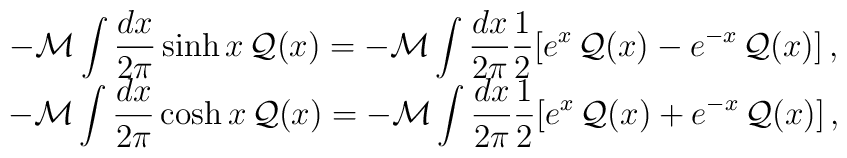
\begin{array}{c}\displaystyle -{\cal M}\displaystyle\int \displaystyle\frac{dx}{2\pi }\sinh x\, {\cal Q}(x)=-{\cal M}\displaystyle\int \displaystyle\frac{dx}{2\pi }\displaystyle\frac{1}{2}[e^{x}\, {\cal Q}(x)-e^{-x}\, {\cal Q}(x)]\, ,\\-{\cal M}\displaystyle\int \displaystyle\frac{dx}{2\pi }\cosh x\, {\cal Q}(x)=-{\cal M}\displaystyle\int \displaystyle\frac{dx}{2\pi }\displaystyle\frac{1}{2}[e^{x}\, {\cal Q}(x)+e^{-x}\, {\cal Q}(x)]\, ,\end{array}